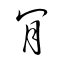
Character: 肎